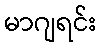
မာဂျရင်း